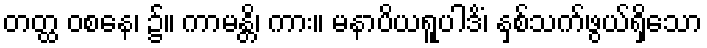
တတ္ထ ဝစနေ၊ ၌။ ကာမန္တိ၊ ကား။ မနာပိယရူပါဒိံ၊ နှစ်သက်ဖွယ်ရှိသော